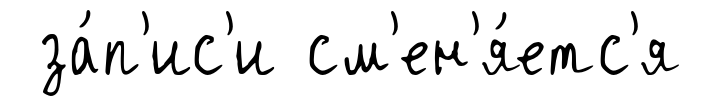
за́п'ис'и см'ен'я́етс'я